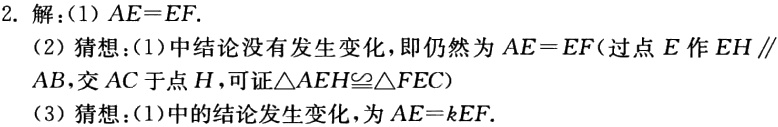
2. 解：(1) \(AE = EF\).
(2) 猜想：(1)中结论没有发生变化，即仍然为 \(AE = EF\)(过点 \(E\) 作 \(EH\parallel AB\)，交 \(AC\) 于点 \(H\)，可证\(\triangle AEH\cong\triangle FEC\))
(3) 猜想：(1)中的结论发生变化，为 \(AE = kEF\).